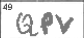
Transcription: QPV